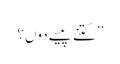
’’کتنے پیسے دوں؟